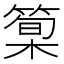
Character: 𥰿